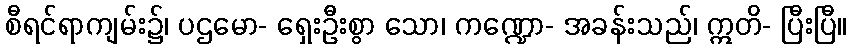
စီရင်ရာကျမ်း၌၊ ပဌမော- ရှေးဦးစွာ သော၊ ကဏ္ဍော- အခန်းသည်၊ ဣတိ- ပြီးပြီ။